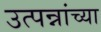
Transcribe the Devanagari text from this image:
उत्पन्नांच्या